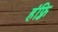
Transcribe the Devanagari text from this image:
हंफ़्रि